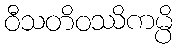
ဝီသတိဝဿိကမ္ပိ